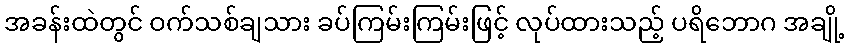
အခန်းထဲတွင် ဝက်သစ်ချသား ခပ်ကြမ်းကြမ်းဖြင့် လုပ်ထားသည့် ပရိဘောဂ အချို့